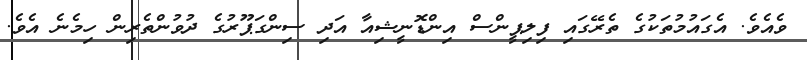
ވެއެވެ. އެގައުމުތަކުގެ ތެރޭގައި ފިލިޕީންސް އިންޑޮނީޝިއާ އަދި ސިންގަޕޫރުގެ ދުވުންތެރިން ހިމެނެ އެވެ.